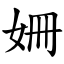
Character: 姍